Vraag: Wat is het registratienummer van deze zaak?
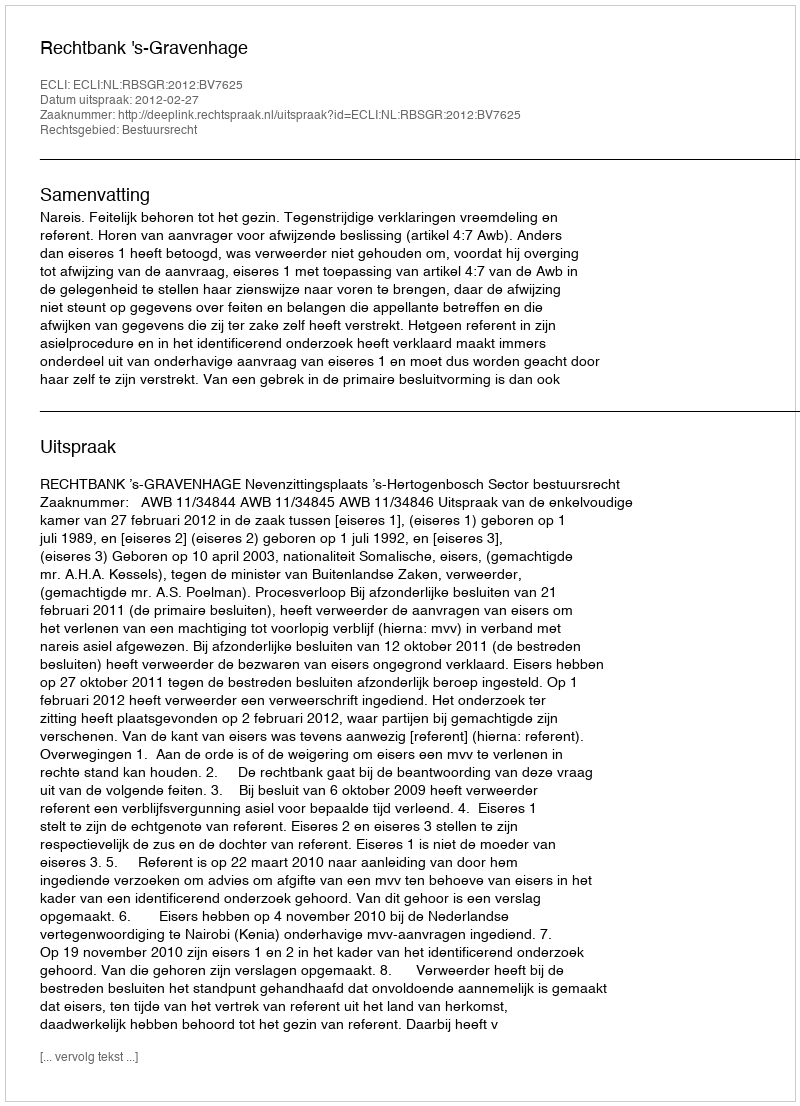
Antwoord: http://deeplink.rechtspraak.nl/uitspraak?id=ECLI:NL:RBSGR:2012:BV7625